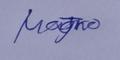
Signature authenticity: genuine